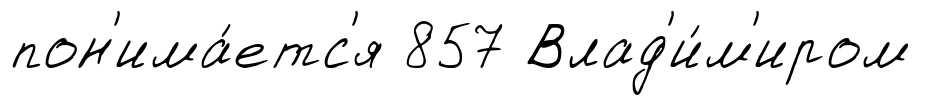
пон'има́етс'я 857 Влад'и́м'иром